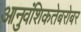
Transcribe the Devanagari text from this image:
आनुवंशिकतेबरोबर